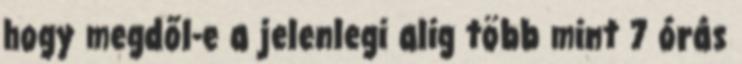
hogy megdől-e a jelenlegi alig több mint 7 órás